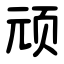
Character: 顽